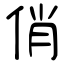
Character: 俏